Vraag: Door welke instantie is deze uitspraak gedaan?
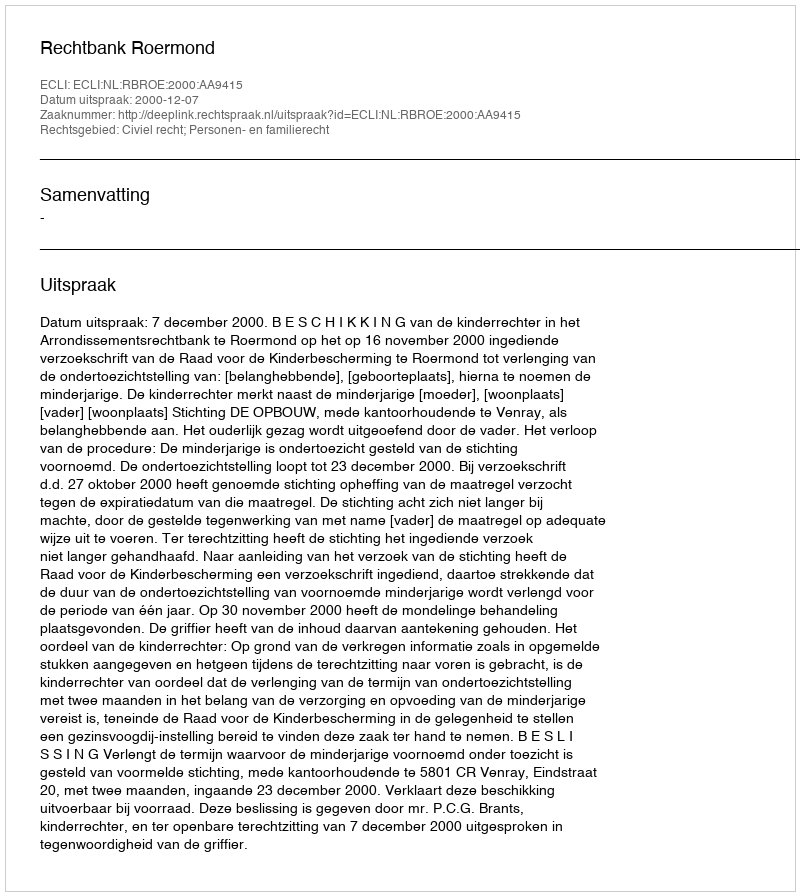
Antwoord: Rechtbank Roermond